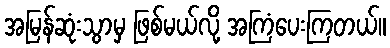
အမြန်ဆုံးသွာမှ ဖြစ်မယ်လို့ အကြံပေးကြတယ်။